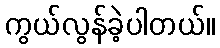
ကွယ်လွန်ခဲ့ပါတယ်။